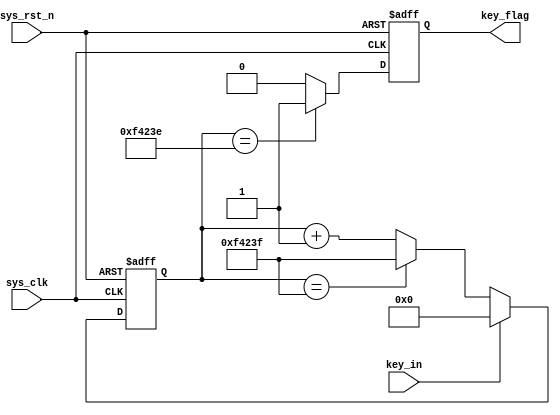
module key_filter
#(      parameter   CNT_MAX = 20'd999_999
)
(
        input   wire    sys_clk,
        input   wire    sys_rst_n,
        input   wire    key_in,
        
        output  reg     key_flag
);

reg     [19:0]          cnt;

always @ (posedge sys_clk or negedge sys_rst_n)
    if (sys_rst_n == 1'b0)
        cnt     <=  20'd0;
    else if (key_in == 1'b1)
        cnt     <=  20'd0;
    else if (cnt == CNT_MAX)
        cnt     <=  CNT_MAX;
    else
        cnt     <=  cnt + 20'd1;

always @ (posedge sys_clk or negedge sys_rst_n)
    if (sys_rst_n == 1'b0)
            key_flag <= 1'b0;
    else if(cnt == CNT_MAX -1)
            key_flag <= 1'b1;
    else
            key_flag <= 1'b0;


endmodule